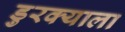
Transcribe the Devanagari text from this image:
डुरक्याला